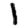
Digit: 1